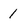
Character: 1